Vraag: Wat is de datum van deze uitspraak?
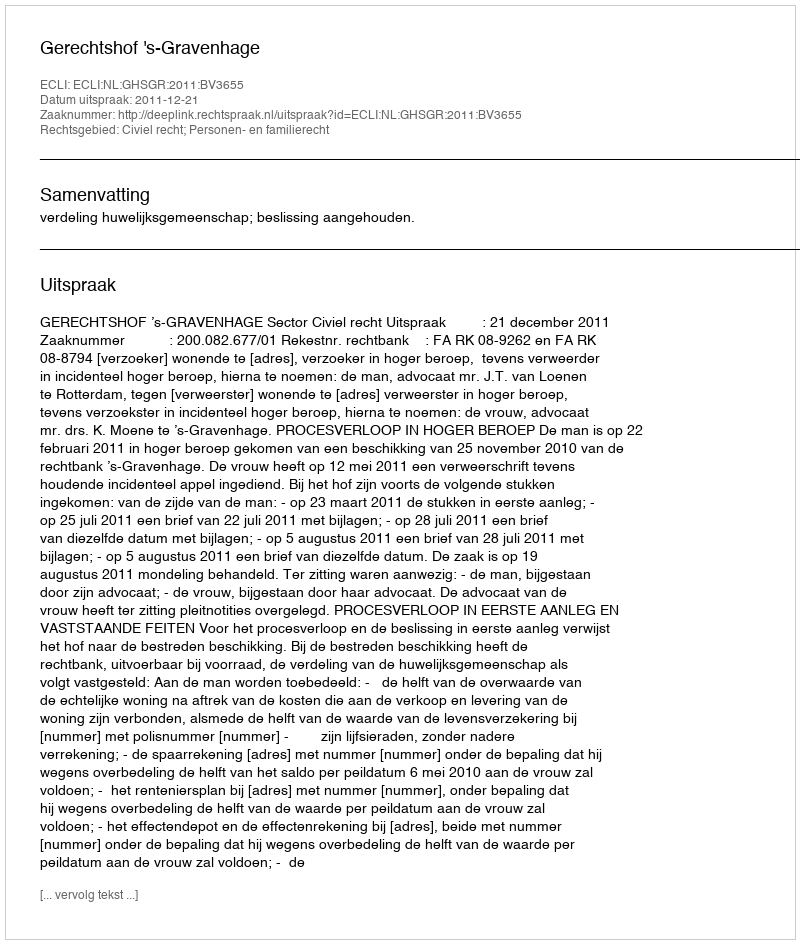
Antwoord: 2011-12-21